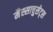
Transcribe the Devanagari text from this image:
मैस्साचुसेट्स